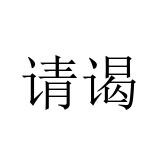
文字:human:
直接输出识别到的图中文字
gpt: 请谒